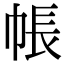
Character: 帳